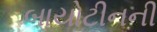
બાયોટીનની